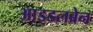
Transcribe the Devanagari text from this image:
आइडलब्रेन